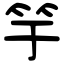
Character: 竽